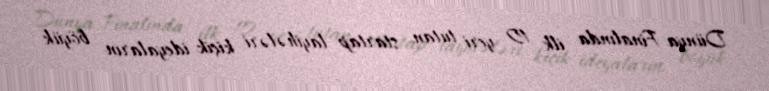
Dünya Finalında ilk 10 yeri tutan startap layihələri kiçik ideyaların böyük